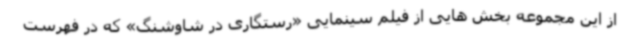
از این مجموعه بخش هایی از فیلم سینمایی «رستگاری در شاوشنگ» که در فهرست